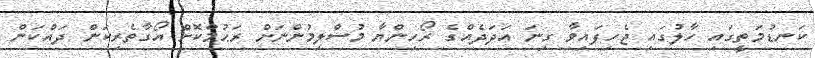
ކަނޑުމަތީގައި ހާލުގައި ޖެހިފައިވާ ގިނަ އަދަދެއްގެ ރޯހިންޔާ މުސްލިމުންނަށް ރަޙުމްކޮށް އޯގާތެރިކަން ދައްކަން